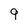
Character: 9